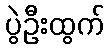
ပွဲဦးထွက်